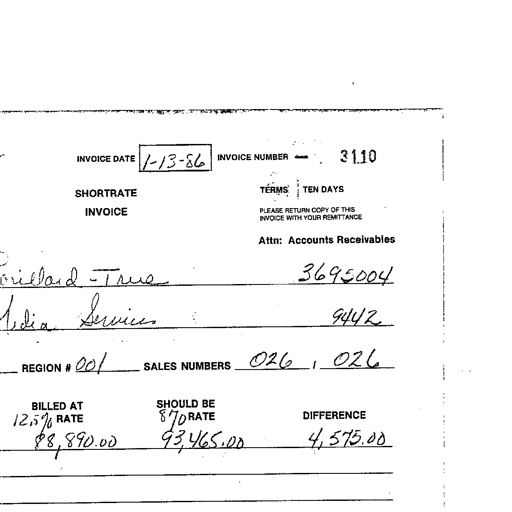
Transcript:
INVOICE DATE 1-13-86 INVOICE NUMBER 3110
SHORTRATE TÉRMS TEN DAYS
INVOICE PLEASE RETURN COPY OF THIS INVOICE WITH YOUR REMITTANCE
Attn: Accounts Receivables
Lorillard - True 3695004
Media Services 9442
REGION # 001 SALES NUMBERS 026 , 026
BILLED AT SHOULD BE
12.5% RATE 8% RATE DIFFERENCE
88,890.00 93,465.00 4,575.00